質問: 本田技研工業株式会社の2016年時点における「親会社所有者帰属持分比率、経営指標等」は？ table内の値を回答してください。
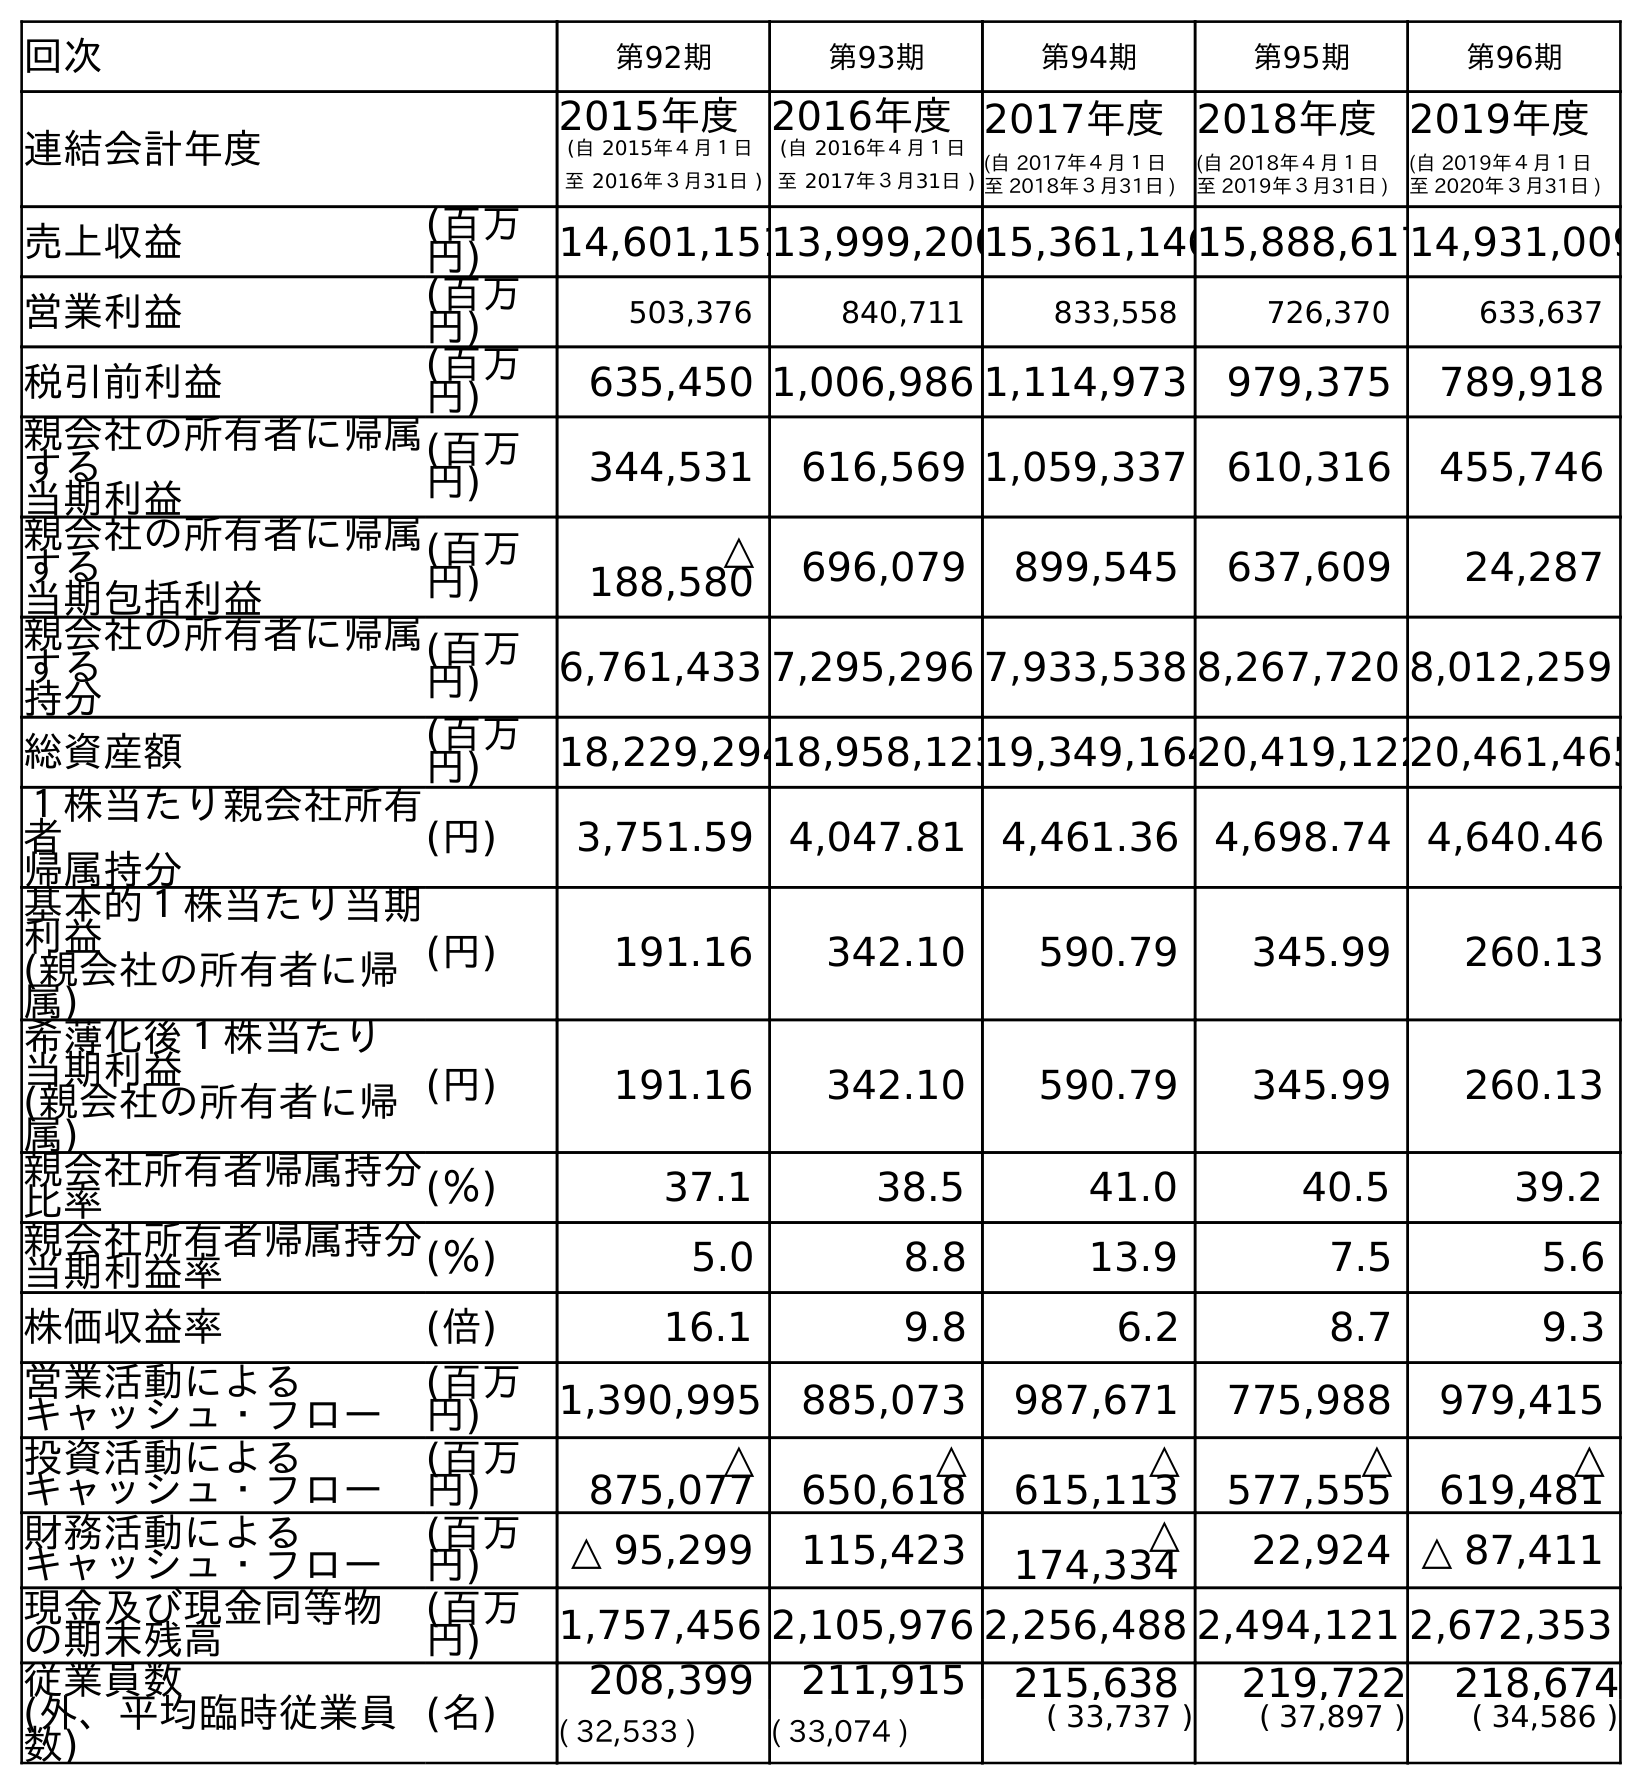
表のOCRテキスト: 回次 第92期 第93期 第94期 第95期 第96期 連結会計年度 2015年度 (自 2015年４月１日 至 2016年３月31日 ) 2016年度 (自 2016年４月１日 至 2017年３月31日 ) 2017年度 (自 2017年４月１日 至 2018年３月31日 ) 2018年度 (自 2018年４月１日 至 2019年３月31日 ) 2019年度 (自 2019年４月１日 至 2020年３月31日 ) 売上収益 (百万 円) 14,601,15113,999,20015,361,14615,888,61714,931,009 営業利益 (百万 円) 503,376 840,711 833,558 726,370 633,637 税引前利益 (百万 円) 635,450 1,006,986 1,114,973 979,375 789,918 親会社の所有者に帰属 する 当期利益 (百万 円) 344,531 616,569 1,059,337 610,316 455,746 親会社の所有者に帰属 する 当期包括利益 (百万 円) △ 188,580 696,079 899,545 637,609 24,287 親会社の所有者に帰属 する 持分 (百万 円) 6,761,433 7,295,296 7,933,538 8,267,720 8,012,259 総資産額 (百万 円) 18,229,29418,958,12319,349,16420,419,12220,461,465 １株当たり親会社所有 者 帰属持分 (円) 3,751.59 4,047.81 4,461.36 4,698.74 4,640.46 基本的１株当たり当期 利益 (親会社の所有者に帰 属) (円) 191.16 342.10 590.79 345.99 260.13 希薄化後１株当たり 当期利益 (親会社の所有者に帰 属) (円) 191.16 342.10 590.79 345.99 260.13 親会社所有者帰属持分 比率 (％) 37.1 38.5 41.0 40.5 39.2 親会社所有者帰属持分 当期利益率 (％) 5.0 8.8 13.9 7.5 5.6 株価収益率 (倍) 16.1 9.8 6.2 8.7 9.3 営業活動による キャッシュ・フロー (百万 円) 1,390,995 885,073 987,671 775,988 979,415 投資活動による キャッシュ・フロー (百万 円) △ 875,077 △ 650,618 △ 615,113 △ 577,555 △ 619,481 財務活動による キャッシュ・フロー (百万 円) △ 95,299 115,423 △ 174,334 22,924 △ 87,411 現金及び現金同等物 の期末残高 (百万 円) 1,757,456 2,105,976 2,256,488 2,494,121 2,672,353 従業員数 (外、平均臨時従業員 数) (名) 208,399 211,915 215,638 219,722 218,674 ( 32,533 ) ( 33,074 ) ( 33,737 ) ( 37,897 ) ( 34,586 )
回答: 37.1